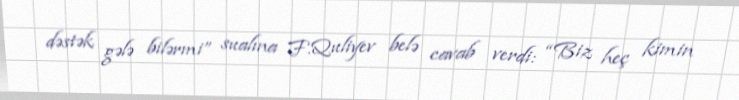
dəstək gələ bilərmi” sualına F.Quliyev belə cavab verdi: “Biz heç kimin